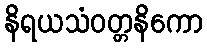
နိရယသံဝတ္တနိကော